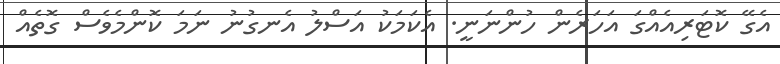
އެގޭ ކޮޓަރިއެއްގަ އަހަރެން ހުންނަނީ. އެކަމަކު އަސްލު އެނގުނު ނަމަ ކޮންމެވެސް ގޮތެއް